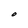
Character: O